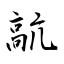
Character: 髚